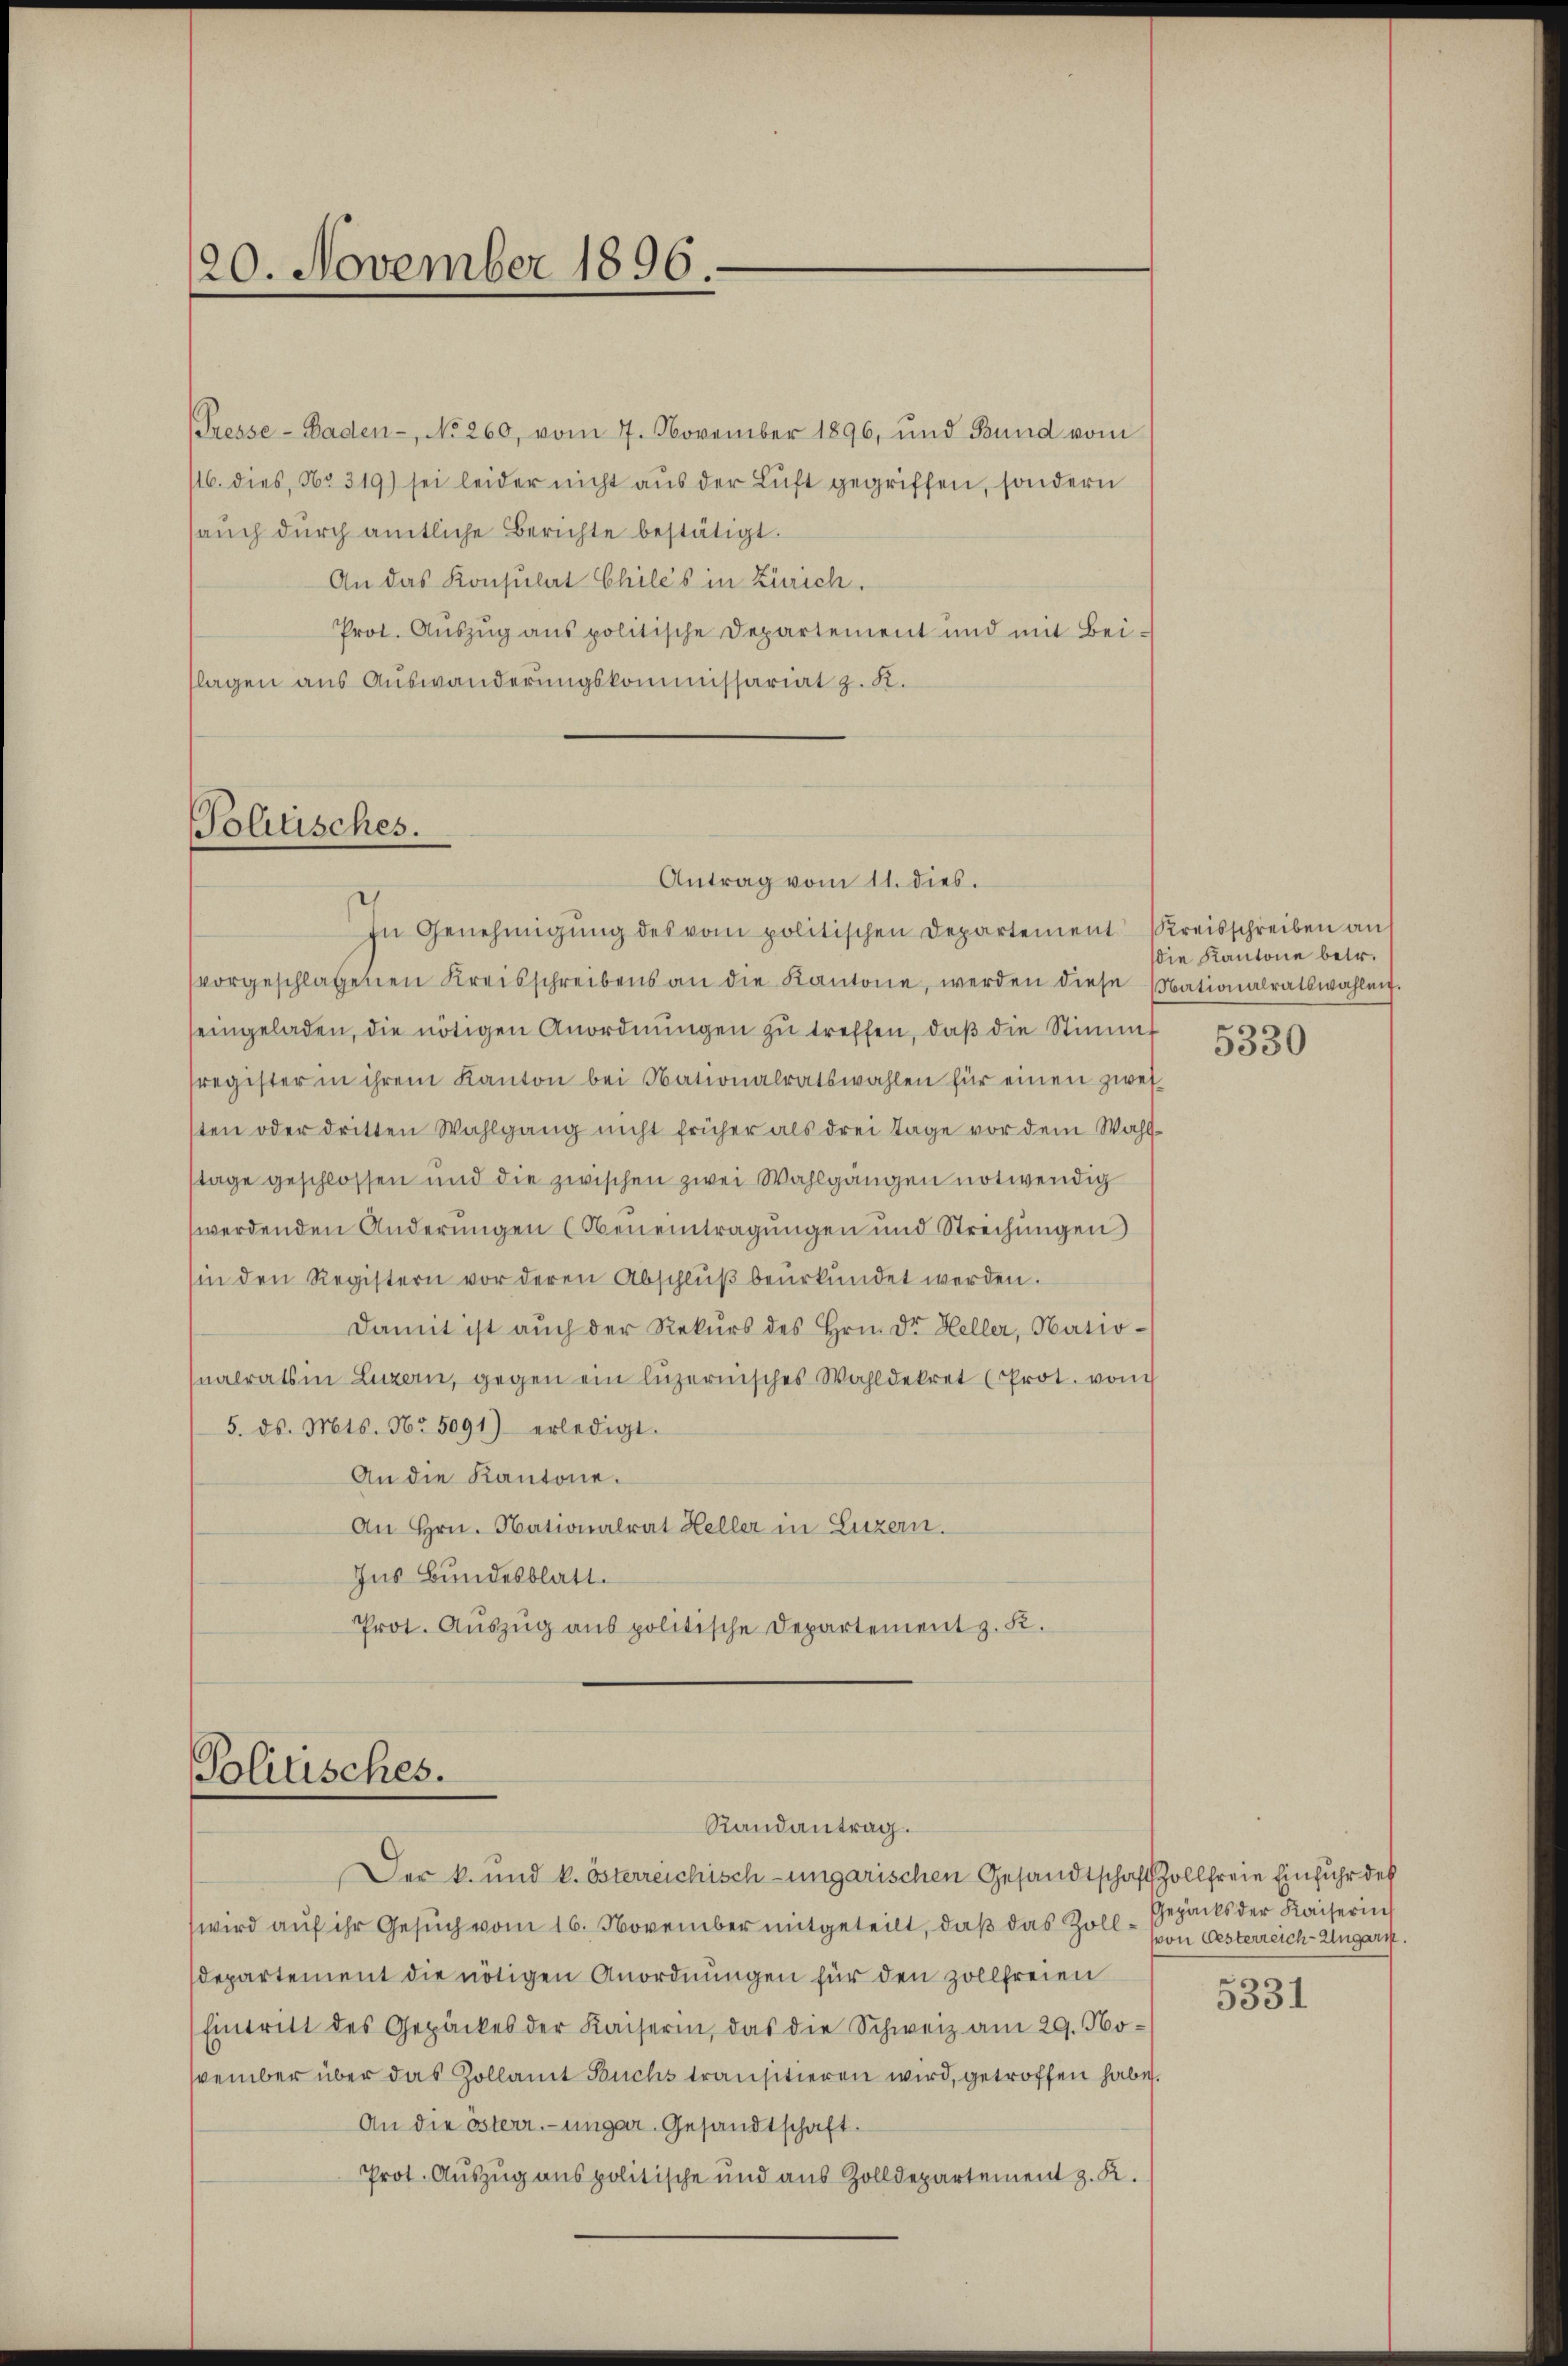
20. November 1896
“

Tresse - Baden-, No 260, vom 7. November 1896, und Bund vom
16. dies, No. 319) sei leider nicht aus der Luft gegriffen, sondern
aŭch dŭrch amtliche Berichte bestätigt.
An das Konsulat Chiles in Zürich.
Prot. Auszug aus politische Departement und mit Bei-
flagen aus Auswanderungskommissariat z. R.

Politisches.

Antrag vom 11. dies.
In Genehmigŭng des vom politischen Departement (Kreisschreiben auf
vorgeschlagenen Kreisschreibens an die Kantone, werden diese Nationalratswahlen.
seingeladen, die nötigen Anordnŭngen zŭ treffen, daβ die Stimmt
sregister in ihrem Kanton bei Nationalratswahlen für einen zwei-
sten oder dritten Wahlgang nicht früher als drei Tage vor dem Wahlstage geschlossen und die zwischen zwei Wahlgängen notwendig
werdenden Änderungen (Neneintragungen und Strechungen
sin den Registern vor deren Abschlŭβ beŭrkŭndet werden.
Damit ist aŭch der Rekŭrs des Hrn. Dr. Heller, Natio-
nalrats in Luzern, gegen ein luzernisches Wahldekret (Prot. von
5. ds. Mts. No 5091) erledigt.
An die Kantone.
An Hrn. Nationalrat Heller in Luzern.
Ins Bundesblatt.
Prot. Auszug aus politische Departement z. K.

Politisches.
Randantrag.

Der k. und k. österreichisch-ungarischen Gesandtschaft Zollfreie Einfuhr des
wird auf ihr Gesuch vom 16. November mitgeteilt, daß das Zolldepartement die nötigen Anordnungen für den zollfreien
Eintritt des Gepäckes der Kaiserin, das die Schweiz am 29. No-
vember über das Zollamt Buchs transitieren wird, getroffen habe.
An die österr.-ungar. Gesandtschaft.
Prot. Auszug aus politische und aus Zolldepartement z. K.

die Kantone betr.

5330

Gepacks der Kaiserin
von Oesterreich-Ungarn.

5331